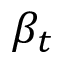
\beta _ { t }